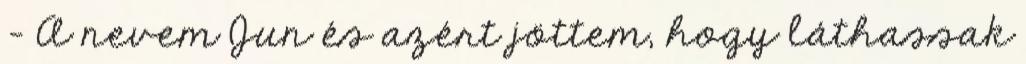
- A nevem Jun és azért jöttem, hogy láthassak